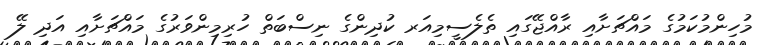
މުހިންމުކަމުގެ މައްޗަށާއި ރާއްޖޭގައި ތެލެސީމިއަރ ކުދިންގެ ނިސްބަތް ހުރިމިންވަރުގެ މައްޗަށާއި އަދި ލޭ